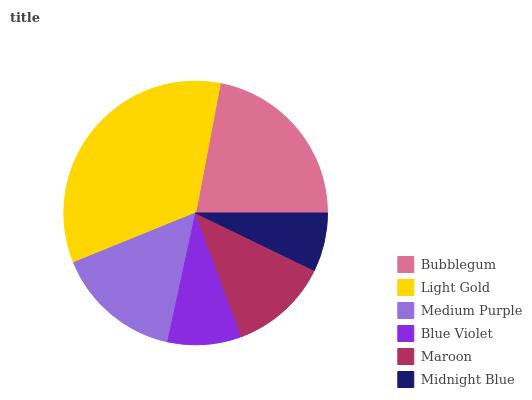
| Bubblegum | Light Gold | Medium Purple | Blue Violet | Maroon | Midnight Blue |
 | --- | --- | --- | --- | --- | --- |
 | 22% | 34.1% | 15.5% | 9.08% | 12.2% | 7.19% |